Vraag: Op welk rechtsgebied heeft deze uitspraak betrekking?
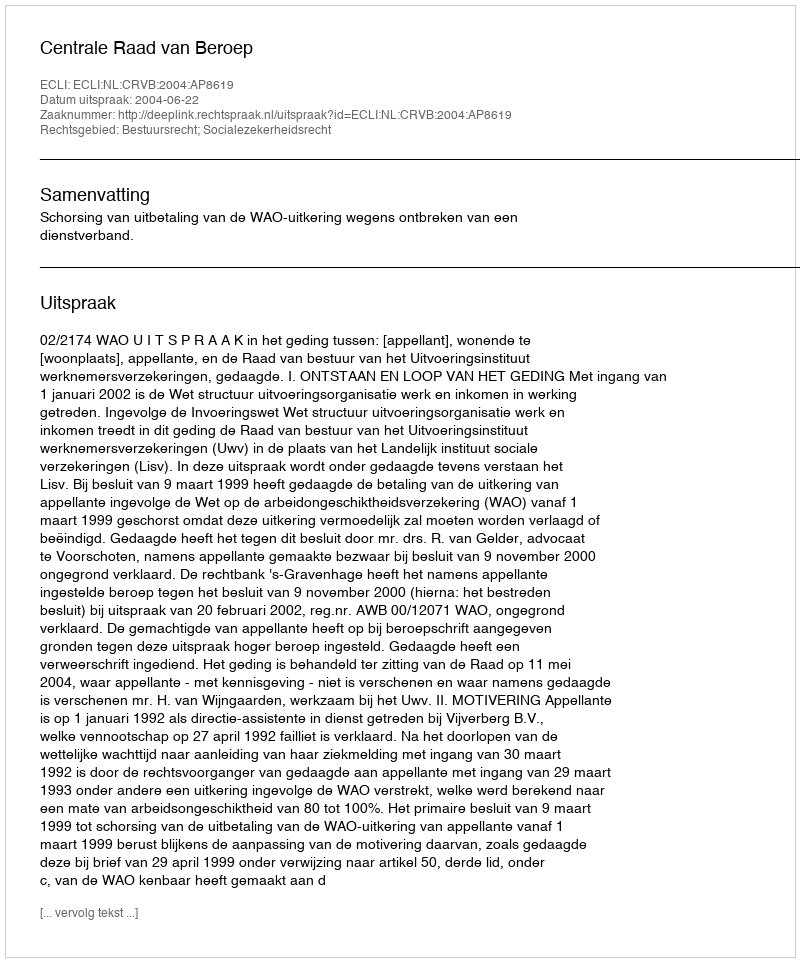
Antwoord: Bestuursrecht; Socialezekerheidsrecht